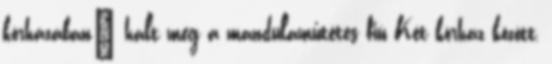
kórházában' halt meg a mandulaműtétes fiú Két kórház között,